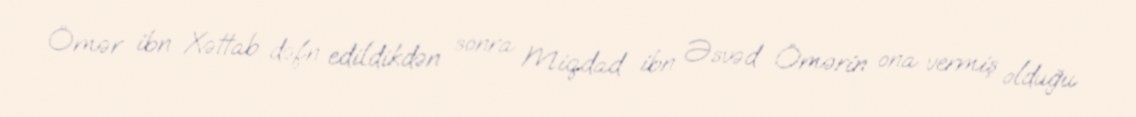
Ömər ibn Xəttab dəfn edildikdən sonra Miqdad ibn Əsvəd Ömərin ona vermiş olduğu